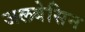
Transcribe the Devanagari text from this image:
जलबेसिन